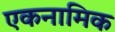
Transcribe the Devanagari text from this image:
एकनामिक